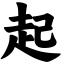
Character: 起